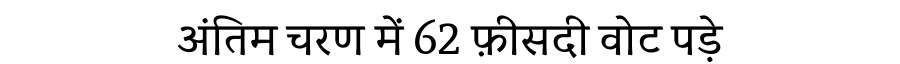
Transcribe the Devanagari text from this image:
अंतिम चरण में 62 फ़ीसदी वोट पड़े